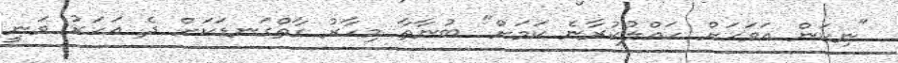
"ނިކަން އަވަހަށް ހައްލުކުރާނެ ކަމަށް" ބުނާތާ މިހާރު ގާތްގަނޑަކަށް ދެ އަހަރު ވަނީ